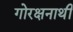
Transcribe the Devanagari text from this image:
गोरक्षनाथी